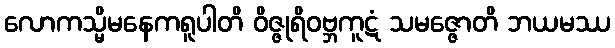
လောကသ္မိမနေကရူပါတိ ဝိဇ္ဇုရိဝဗ္ဘကူဋံ သမဇ္ဇောတိ ဘယမဿ